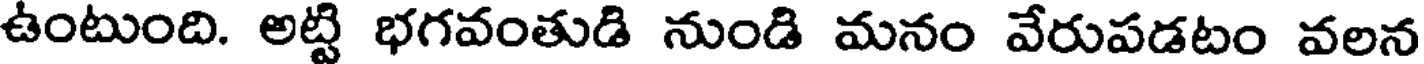
ఉంటుంది. అట్టి భగవంతుడి నుండి మనం వేరుపడటం వలన